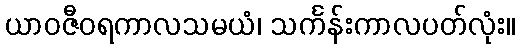
ယာဝဇီဝရကာလသမယံ၊ သင်္ကန်းကာလပတ်လုံး။